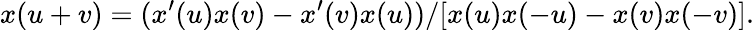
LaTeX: x(u+v)=(x^{\prime}(u)x(v)-x^{\prime}(v)x(u))/[x(u)x(-u)-x(v)x(-v)].